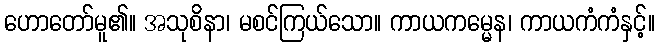
ဟောတော်မူ၏။ အသုစိနာ၊ မစင်ကြယ်သော။ ကာယကမ္မေန၊ ကာယကံကံနှင့်။